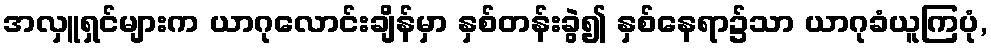
အလှူရှင်များက ယာဂုလောင်းချိန်မှာ နှစ်တန်းခွဲ၍ နှစ်နေရာ၌သာ ယာဂုခံယူကြပုံ,